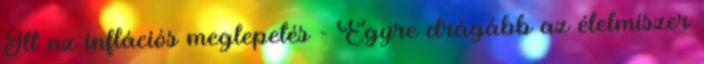
Itt az inflációs meglepetés - Egyre drágább az élelmiszer